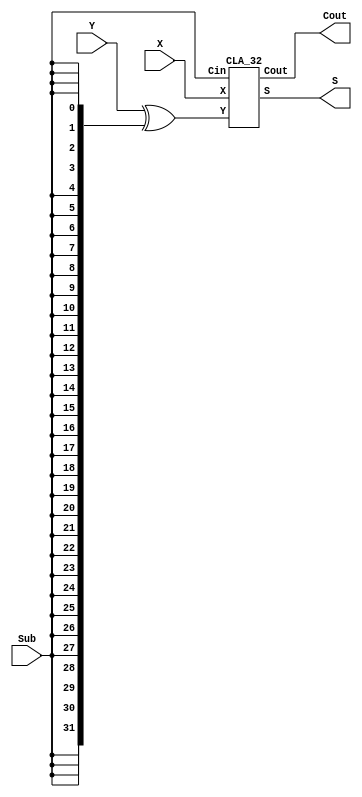
`timescale 1ns / 1ps
//////////////////////////////////////////////////////////////////////////////////
// Company: 
// Engineer: 
// 
// Design Name: 
// Module Name: ADDSUB_32
// Project Name: 
// Target Devices: 
// Tool Versions: 
// Description: 
// 
// Dependencies: 
// 
// Revision:
// Revision 0.01 - File Created
// Additional Comments:
// 
//////////////////////////////////////////////////////////////////////////////////


module ADDSUB_32(X, Y, Sub, S, Cout);
    input [31:0] X;
    input [31:0] Y; 
    input Sub;
    output [31:0] S;
    output Cout;
    CLA_32 adder0 (X, Y^{32{Sub}}, Sub, S, Cout);  
endmodule

module CLA_32(X, Y, Cin, S, Cout);
input [31:0] X, Y; 
input Cin;   
output [31:0] S;
output Cout;
wire Cout0, Cout1, Cout2, Cout3, Cout4, Cout5, Cout6;    
CLA_4 add0 (X[3:0], Y[3:0], Cin, S[3:0], Cout0);
CLA_4 add1 (X[7:4], Y[7:4], Cout0, S[7:4], Cout1);
CLA_4 add2 (X[11:8], Y[11:8], Cout1, S[11:8], Cout2);
CLA_4 add3 (X[15:12], Y[15:12], Cout2, S[15:12], Cout3);
CLA_4 add4 (X[19:16], Y[19:16], Cout3, S[19:16], Cout4);
CLA_4 add5 (X[23:20], Y[23:20], Cout4, S[23:20], Cout5);
CLA_4 add6 (X[27:24], Y[27:24], Cout5, S[27:24], Cout6);
CLA_4 add7 (X[31:28], Y[31:28], Cout6, S[31:28], Cout);
endmodule 

module CLA_4(X, Y, Cin, S, Cout);
input [3:0] X;
input [3:0] Y;
input Cin;
output [3:0] S;
output Cout;

and get_0_0_0(tmp_0_0_0, X[0], Y[0]);
or get_0_0_1(tmp_0_0_1, X[0], Y[0]);

and get_0_1_0(tmp_0_1_0, X[1], Y[1]);
or get_0_1_1(tmp_0_1_1, X[1], Y[1]);

and get_0_2_0(tmp_0_2_0, X[2], Y[2]);
or get_0_2_1(tmp_0_2_1, X[2], Y[2]);

and get_0_3_0(tmp_0_3_0, X[3], Y[3]);
or get_0_3_1(tmp_0_3_1, X[3], Y[3]);

and get_1_0_0(tmp_1_0_0, ~tmp_0_0_0, tmp_0_0_1);
xor getS0(S0, tmp_1_0_0, Cin);

and get_1_1_0(tmp_1_1_0, ~tmp_0_1_0, tmp_0_1_1);
not get_1_1_1(tmp_1_1_1, tmp_0_0_0);
nand get_1_1_2(tmp_1_1_2, Cin, tmp_0_0_1);
nand get_2_0_0(tmp_2_0_0, tmp_1_1_1, tmp_1_1_2);
xor getS1(S1, tmp_1_1_0, tmp_2_0_0);

and get_1_2_0(tmp_1_2_0, ~tmp_0_2_0, tmp_0_2_1);
not get_1_2_1(tmp_1_2_1, tmp_0_1_0);
nand get_1_2_2(tmp_1_2_2, tmp_0_1_1, tmp_0_0_0);
nand get_1_2_3(tmp_1_2_3, tmp_0_1_1, tmp_0_0_1, Cin);
nand get_2_1_0(tmp_2_1_0, tmp_1_2_1, tmp_1_2_2, tmp_1_2_3);
xor getS2(S2, tmp_1_2_0, tmp_2_1_0);

and get_1_3_0(tmp_1_3_0, ~tmp_0_3_0, tmp_0_3_1);
not get_1_3_1(tmp_1_3_1, tmp_0_2_0);
nand get_1_3_2(tmp_1_3_2, tmp_0_2_1, tmp_0_1_0);
nand get_1_3_3(tmp_1_3_3, tmp_0_2_1, tmp_0_1_1, tmp_0_0_0);
nand get_1_3_4(tmp_1_3_4, tmp_0_2_1, tmp_0_1_1, tmp_0_0_1, Cin);
nand get_2_2_0(tmp_2_2_0, tmp_1_3_1, tmp_1_3_2, tmp_1_3_3, tmp_1_3_4);
xor getS3(S3, tmp_1_3_0, tmp_2_2_0);

not get_1_4_0(tmp_1_4_0, tmp_0_3_0);
nand get_1_4_1(tmp_1_4_1, tmp_0_3_1, tmp_0_2_0);
nand get_1_4_2(tmp_1_4_2, tmp_0_3_1, tmp_0_2_1, tmp_0_1_0);
nand get_1_4_3(tmp_1_4_3, tmp_0_3_1, tmp_0_2_1, tmp_0_1_1, tmp_0_0_0);
nand get_1_4_4(tmp_1_4_4, tmp_0_3_1, tmp_0_2_1, tmp_0_1_1, tmp_0_0_1, Cin);
nand getCout(Cout, tmp_1_4_0, tmp_1_4_1, tmp_1_4_2, tmp_1_4_3,tmp_1_4_4);

assign S = {S3,S2,S1,S0};

endmodule